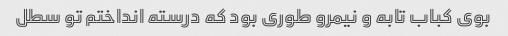
بوی کباب تابه و نیمرو طوری بود که درسته انداختم تو سطل